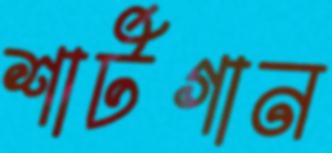
শার্টগান